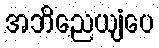
အဘိညေယျံပေ